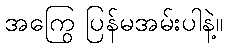
အကြွေ ပြန်မအမ်းပါနဲ့။